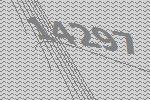
14297